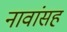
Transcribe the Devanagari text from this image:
नावांसह